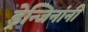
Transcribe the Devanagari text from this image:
ड्रेन्जिनांनी